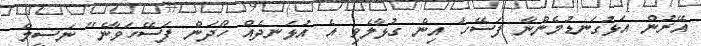
އޭރުން އަޅުގަނޑުމެންނާ ފަސޭހަ އިން ގުޅާލެވި އެ އުޅަނދެއް ހޯދަން ފަސޭހަވާނެ" ނަސީމް